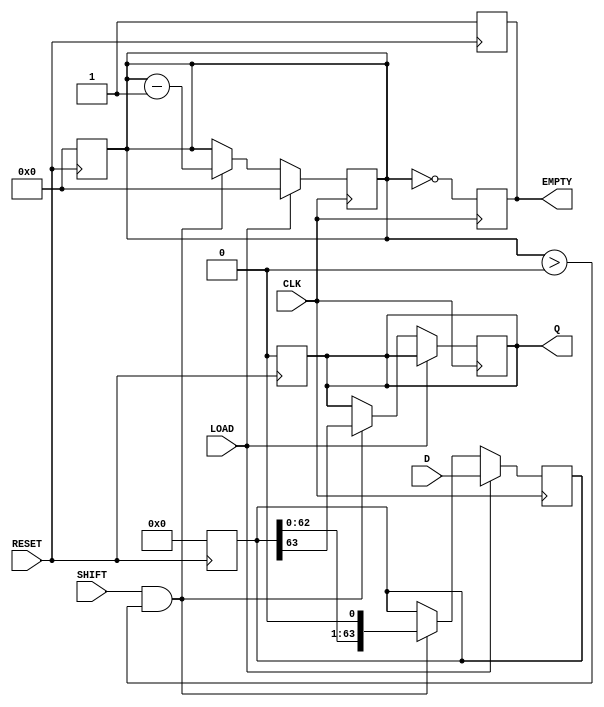
module PISO_64bit (
    input wire [63:0] D,      // 64-bit Data Input
    input wire LOAD,          // Load control signal
    input wire CLK,           // Clock signal
    input wire SHIFT,         // Shift control signal
    input wire RESET,         // Asynchronous reset
    output reg Q,             // Serial Output
    output reg EMPTY          // Empty signal
);

    reg [63:0] register;      // Internal storage for 64-bit data
    reg [5:0] bit_count;      // Counter to track bits shifted out

    // Asynchronous reset
    always @(posedge RESET) begin
        register <= 64'b0;     // Clear register
        Q <= 1'b0;             // Clear serial output
        EMPTY <= 1'b1;         // Set EMPTY signal
        bit_count <= 6'b0;     // Reset bit count
    end

    // Load and Shift Logic
    always @(posedge CLK) begin
        if (LOAD) begin
            register <= D;      // Load data into register
            bit_count <= 6'd64; // Set bit count to 64 as data is loaded
            EMPTY <= 1'b0;      // Register is not empty
        end
        else if (SHIFT && bit_count > 0) begin
            Q <= register[63];   // Output the MSB
            register <= {register[62:0], 1'b0}; // Shift left (shift out MSB)
            bit_count <= bit_count - 1; // Decrement bit count
        end
        
        // Update EMPTY signal
        EMPTY <= (bit_count == 0); // Set EMPTY if no bits left
    end

endmodule